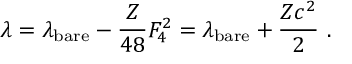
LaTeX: \lambda = \lambda _ { \mathrm { b a r e } } - \frac { Z } { 4 8 } F _ { 4 } ^ { 2 } = \lambda _ { \mathrm { b a r e } } + \frac { Z c ^ { 2 } } { 2 } \ .